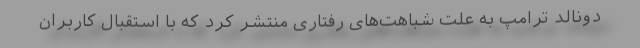
دونالد ترامپ به علت شباهت‌های رفتاری منتشر کرد که با استقبال کاربران